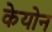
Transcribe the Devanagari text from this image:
केयोन